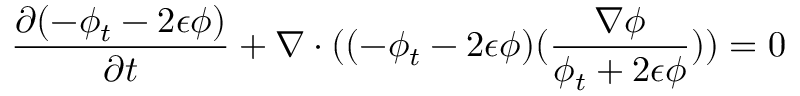
\frac { \partial ( - \phi _ { t } - 2 \epsilon \phi ) } { \partial t } + \nabla \cdot ( ( - \phi _ { t } - 2 \epsilon \phi ) ( \frac { \nabla \phi } { \phi _ { t } + 2 \epsilon \phi } ) ) = 0